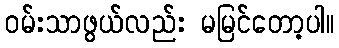
ဝမ်းသာဖွယ်လည်း မမြင်တော့ပါ။